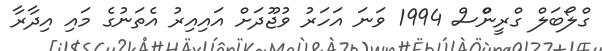
ގްލޯބަލް ގްރީންްސް 1994 ވަނަ އަހަރު ވުޖޫދަށް އައިއިރު އެތަނުގެ މައި އިދާރާ